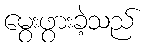
မွေးဖွားခဲ့သည်